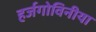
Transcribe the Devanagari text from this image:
हर्जगोविनीया